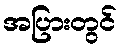
အပြားတွင်